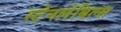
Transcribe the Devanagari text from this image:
स्टेनलेबिल्स